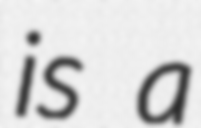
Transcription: is a